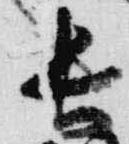
長